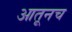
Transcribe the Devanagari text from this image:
आतूनच